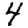
Digit: 4